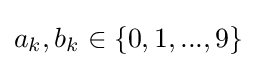
a_{k},b_{k}\in \{0,1,...,9\}